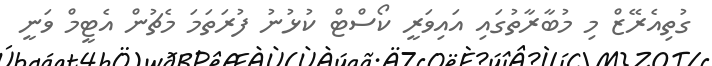
ގުތިއެރޭޒް މި މުބާރާތުގައި އައިވަރީ ކޯސްޓް ކުޅުނު ފުރަތަމަ މެޗުން އެޓީމް ވަނީ